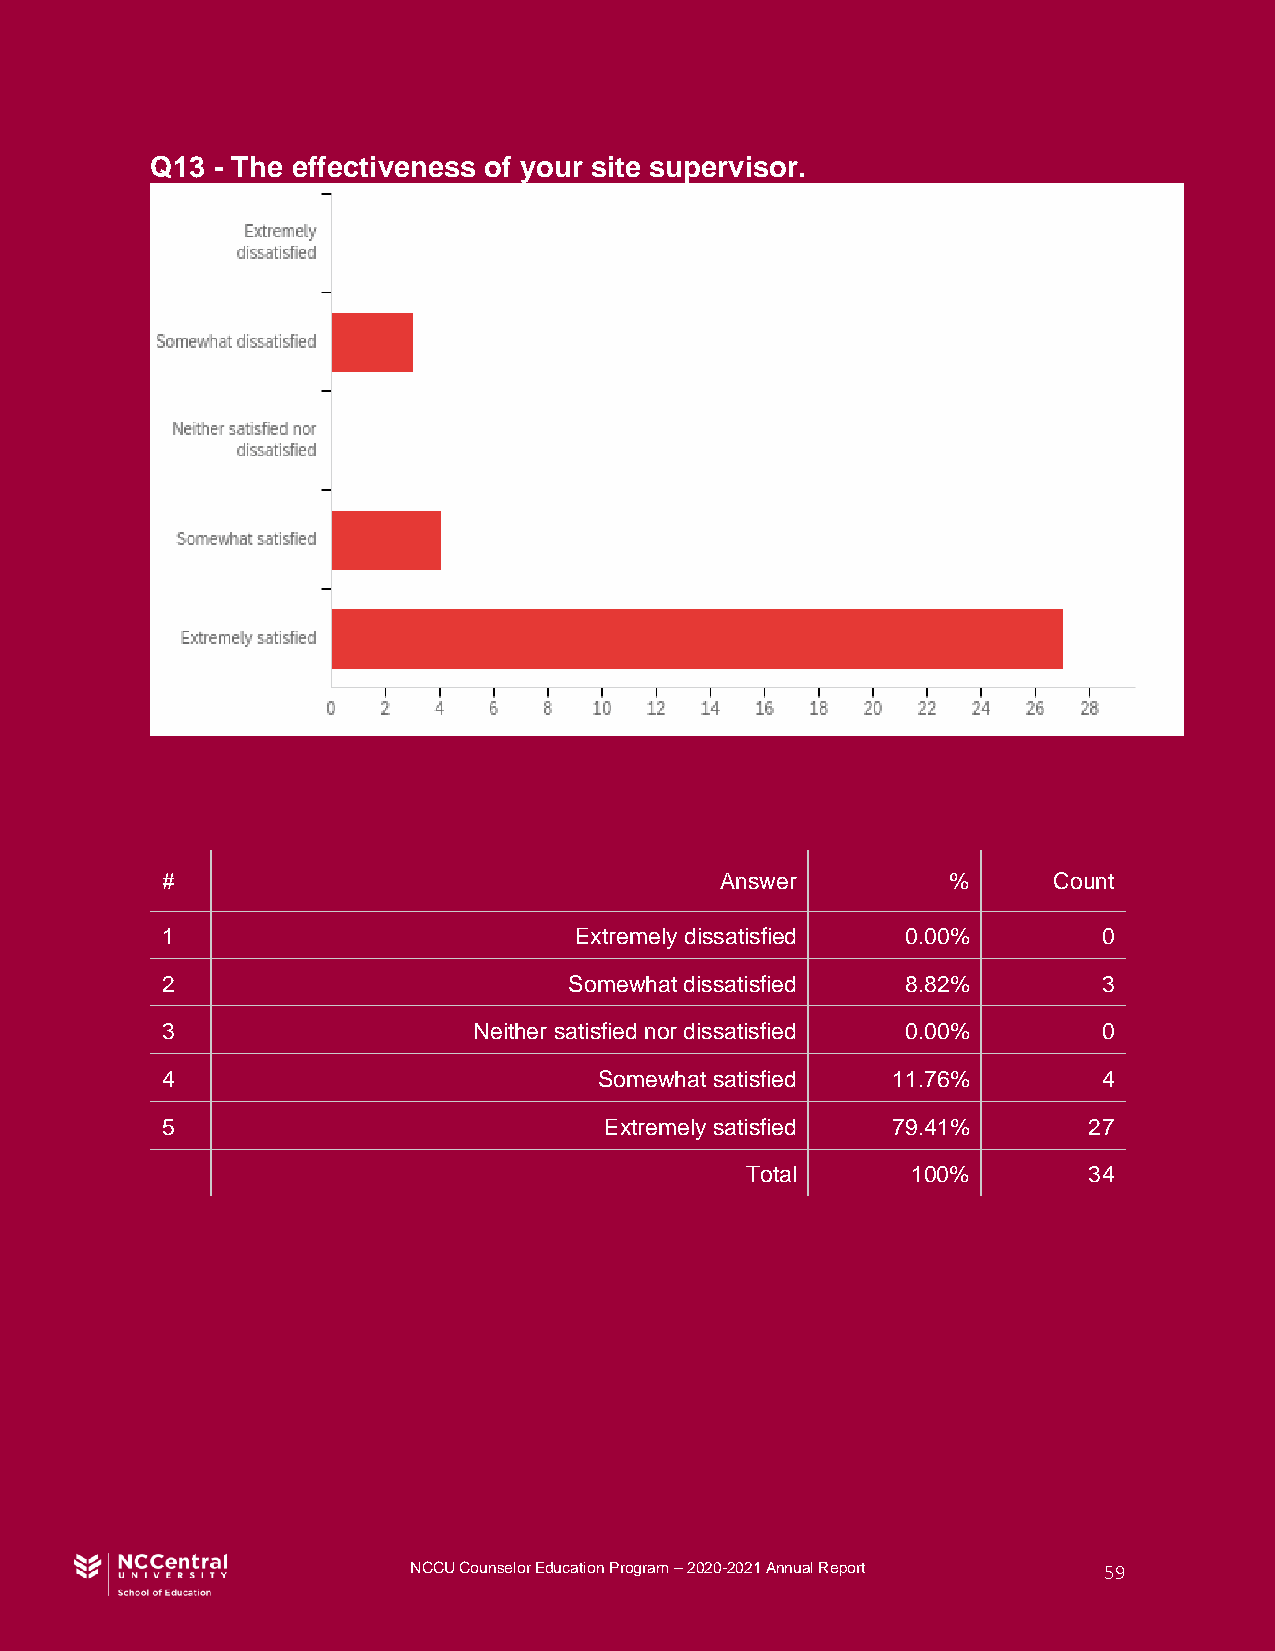
Q13 - The effectiveness of your site supervisor.
 #                                    Answer         %      Count
 1                          Extremely dissatisfied 0.00%       0
 2                          Somewhat dissatisfied 8.82%        3
 3                   Neither satisfied nor dissatisfied 0.00%  0
 4                            Somewhat satisfied 11.76%        4
 5                            Extremely satisfied 79.41%      27
 Total      100%        34
 NCCU Counselor Education Program – 2020-2021 Annual Report 59